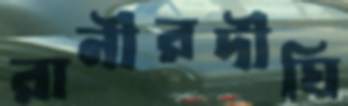
রানীরদীঘি